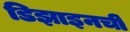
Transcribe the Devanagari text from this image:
डिझाइनची